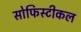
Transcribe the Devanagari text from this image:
सोफिस्टीकल